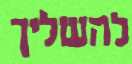
להשליך